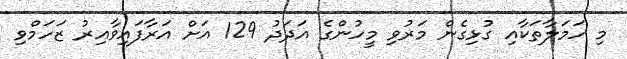
މި ހަމަލާތަކާއި ގުޅިގެން މަރުވި މީހުންގެ އަދަދު 129 އަށް އަރާފައިވާއިރު ޒަހަމްވި